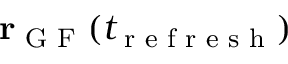
{ \bf r } _ { \textrm { G F } } ( t _ { \textrm { r e f r e s h } } )